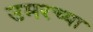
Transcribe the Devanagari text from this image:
उमरच्या